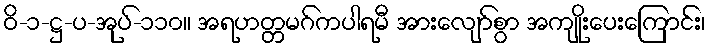
ဝိ-၁-ဋ္ဌ-ပ-အုပ်-၁၁၀။ အရဟတ္တမဂ်ကပါရမီ အားလျော်စွာ အကျိုးပေးကြောင်း၊